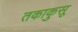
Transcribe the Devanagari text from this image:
तकाकुसू